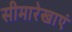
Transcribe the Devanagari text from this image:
सीमारेखाएं